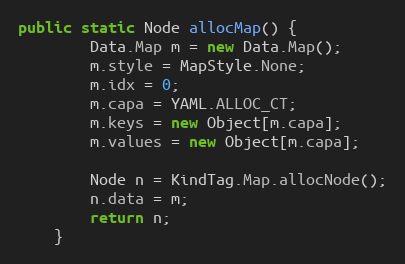
Language: Java
public static Node allocMap() {
        Data.Map m = new Data.Map();
        m.style = MapStyle.None;
        m.idx = 0;
        m.capa = YAML.ALLOC_CT;
        m.keys = new Object[m.capa];
        m.values = new Object[m.capa];

        Node n = KindTag.Map.allocNode();
        n.data = m;
        return n;
    }